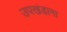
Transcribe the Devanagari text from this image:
उपखंडाना